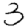
Digit: 3